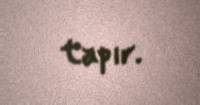
tapır.